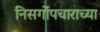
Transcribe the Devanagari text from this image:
निसर्गोपचाराच्या